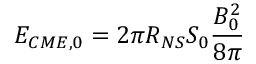
E _ { C M E , 0 } = 2 \pi R _ { N S } S _ { 0 } \frac { B _ { 0 } ^ { 2 } } { 8 \pi }